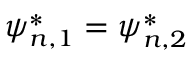
\psi _ { n , 1 } ^ { * } = \psi _ { n , 2 } ^ { * }